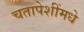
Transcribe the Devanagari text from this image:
चतापेशींमधे